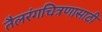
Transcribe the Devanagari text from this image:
तैलरंगचित्रणासाठी